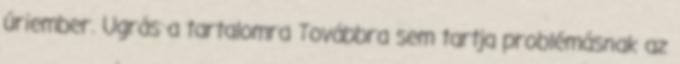
úriember. Ugrás a tartalomra Továbbra sem tartja problémásnak az